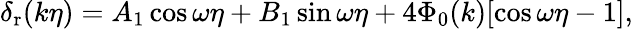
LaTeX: \delta_{\mathrm{r}}(k\eta)=A_{1}\cos{\omega\eta}+B_{1}\sin{\omega\eta}+4\Phi_{0}(k)[\cos{\omega\eta}-1],